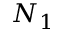
N _ { 1 }